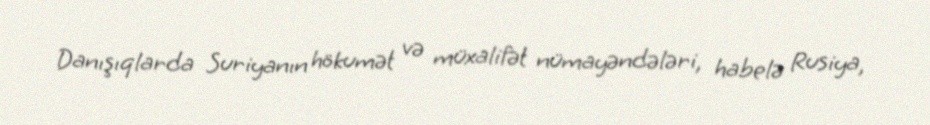
Danışıqlarda Suriyanın hökumət və müxalifət nümayəndələri, habelə Rusiya,